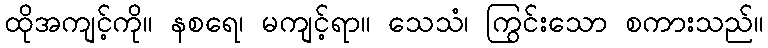
ထိုအကျင့်ကို။ နစရေ၊ မကျင့်ရာ။ သေသံ၊ ကြွင်းသော စကားသည်။